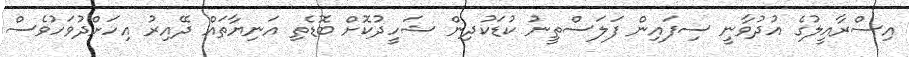
އިސްރާއީލުގެ އުދުވާނީ ސިފައިން ފަލަސްތީނު ކުޑަކުދިން ޝަހީދުކޮށް ބޮޑެތި އަނިޔާތައް ދޭއިރު އިހަށްދުވަހުވެސް